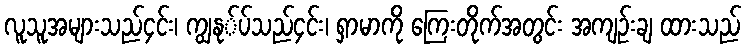
လူသူအများသည်၄င်း၊ ကျွနု်ပ်သည်၄င်း၊ ရှာမာကို ကြေးတိုက်အတွင်း အကျဉ်းချ ထားသည်